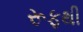
રૂફથી